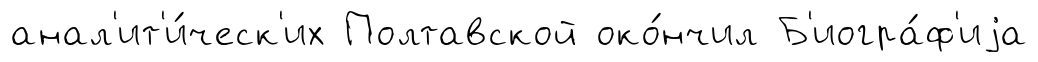
анал'ит'и́ческ'их Полтавской око́нчил Б'иогра́ф'иjа